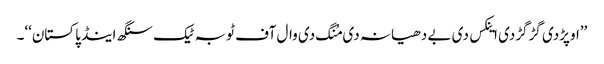
’’اوپڑدی گڑگڑدی اینکس دی بے دھیانہ دی مُنگ دی وال آف ٹوبہ ٹیک سنگھ اینڈ پاکستان‘‘۔